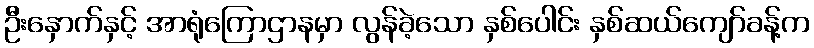
ဦးနှောက်နှင့် အာရုံကြောဌာနမှာ လွန်ခဲ့သော နှစ်ပေါင်း နှစ်ဆယ်ကျော်ခန့်က